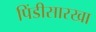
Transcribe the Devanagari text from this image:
पिंडीसारखा